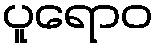
ပူရောဝ